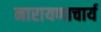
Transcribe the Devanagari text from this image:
नारायणाचार्य